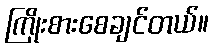
ကြိုးစားစေချင်တယ်။